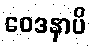
ဝေဒနာပိ